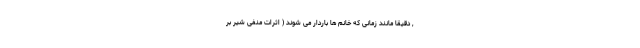
, دقیقا مانند زمانی که خانم ها باردار می شوند ( اثرات منفی شیر بر